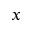
x